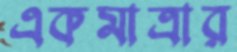
একমাত্রার